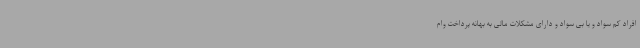
افراد کم سواد و یا بی سواد و دارای مشکلات مالی به بهانه پرداخت وام